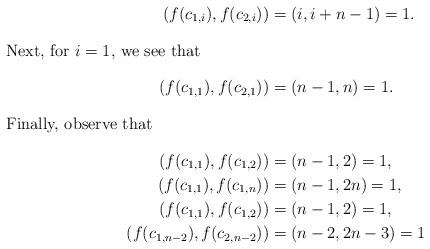
LaTeX: \begin{align*}(f(c_{1,i}),f(c_{2,i}))&=(i,i+n-1)=1.\intertext{Next, for $i=1$, we see that}(f(c_{1,1}),f(c_{2,1}))&=(n-1,n)=1.\intertext{Finally, observe that}(f(c_{1,1}),f(c_{1,2}))&=(n-1,2)=1,\\(f(c_{1,1}),f(c_{1,n}))&=(n-1,2n)=1,\\(f(c_{1,1}),f(c_{1,2}))&=(n-1,2)=1,\\(f(c_{1,n-2}),f(c_{2,n-2}))&=(n-2,2n-3)=1\end{align*}